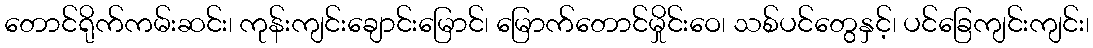
တောင်ရိုက်ကမ်းဆင်း၊ ကုန်းကျင်းချောင်းမြောင်၊ မြောက်တောင်မှိုင်းဝေ၊ သစ်ပင်တွေနှင့်၊ ပင်ခြေကျင်းကျင်း၊